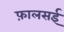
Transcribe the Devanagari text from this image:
फ़ालसई